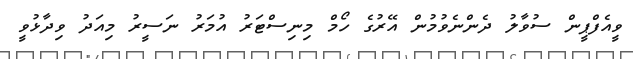
ވީއެފްޕީން ސުވާލު ދެންނެވުމުން އޭރުގެ ހޯމް މިނިސްޓަރު އުމަރު ނަސީރު މިއަދު ވިދާޅުވީ